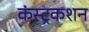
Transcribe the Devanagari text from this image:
कंस्ट्रकशन